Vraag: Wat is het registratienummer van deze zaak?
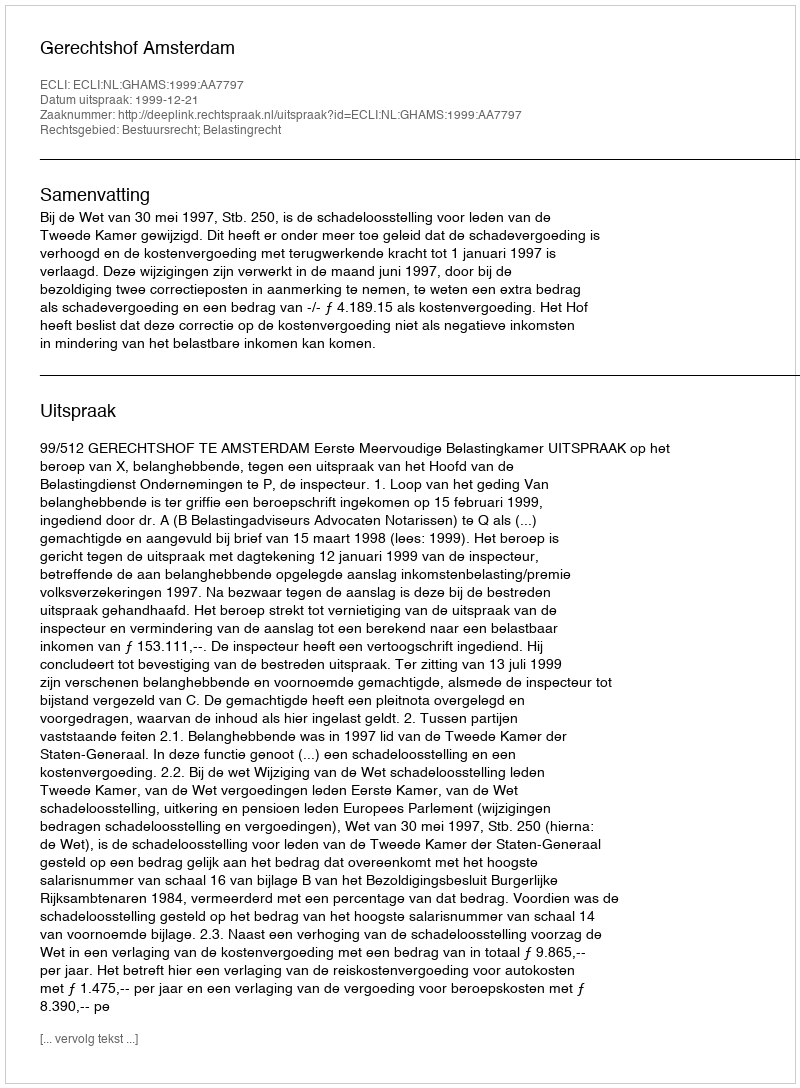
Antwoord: http://deeplink.rechtspraak.nl/uitspraak?id=ECLI:NL:GHAMS:1999:AA7797